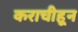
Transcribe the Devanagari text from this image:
कराचीहून